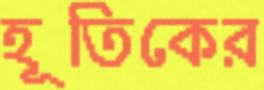
হূতিকের